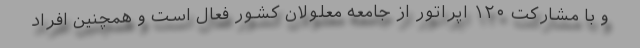
و با مشارکت ۱۲۰ اپراتور از جامعه معلولان کشور فعال است و همچنین افراد